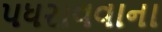
પધરાવવાના